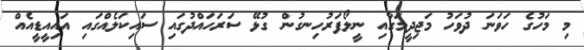
މި މަހުގެ ހަވަނަ ދުވަހު މަޖިދީމަގާއި ނީލޯފަރުހިނގުން ގުޅޭ ސަރަހައްދުގައި ސައިކަލެއްގައި އައިއީޑީއެއް